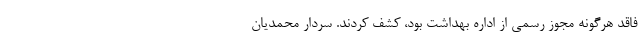
فاقد هرگونه مجوز رسمی از اداره بهداشت بود، کشف کردند. سردار محمدیان